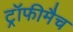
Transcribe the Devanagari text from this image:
ट्रॉफीमैच